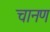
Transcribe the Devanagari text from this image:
चानण